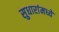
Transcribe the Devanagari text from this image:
सुधारांमध्ये